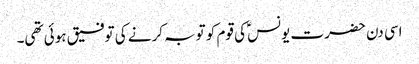
اسی دن حضرت یونسؑ کی قوم کو توبہ کرنے کی توفیق ہوئی تھی۔